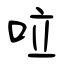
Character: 㕸